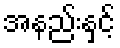
အနည်းနှင့်